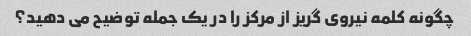
چگونه کلمه نیروی گریز از مرکز را در یک جمله توضیح می دهید؟